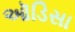
ઑડિસા